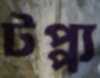
টপ্প্য